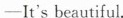
—It's beautiful.